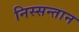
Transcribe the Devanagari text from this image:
निस्सन्तान